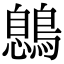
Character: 𪃼